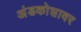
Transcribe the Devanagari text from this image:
अंडकोशावर